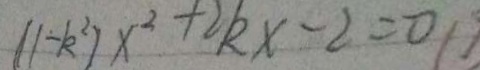
( 1 - k ^ { 2 } ) x ^ { 2 } + 2 k x - 2 = 0